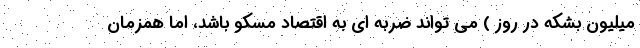
میلیون بشکه در روز ) می تواند ضربه ای به اقتصاد مسکو باشد، اما همزمان